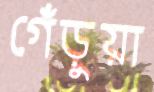
গেঁড়ুয়া